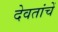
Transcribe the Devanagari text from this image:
देवतांचें